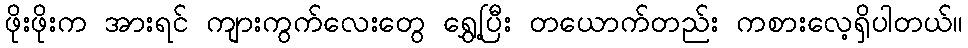
ဖိုးဖိုးက အားရင် ကျားကွက်လေးတွေ ရွှေ့ပြီး တယောက်တည်း ကစားလေ့ရှိပါတယ်။